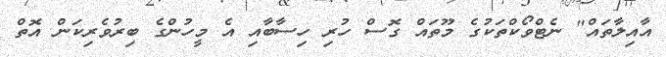
އާއިލާތައް" ނެޓްވޯކްތަކުގެ މޫތައް ގޮސް ހުރި ހިސާބާއި އެ މީހުންގެ ބިރުވެރިކަން އޮތް